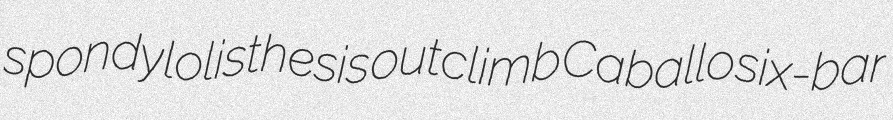
spondylolisthesis outclimb Caballo six-bar